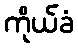
ကိုယ်ခံ